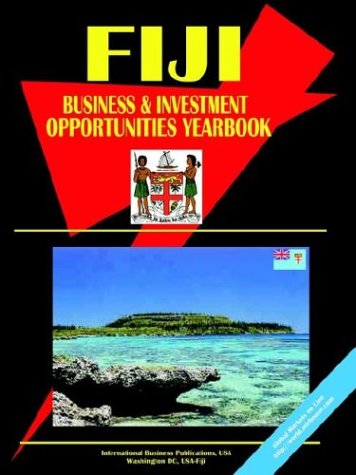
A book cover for Fiji Business and Investment Opportunities Yearbook; Ibp Usa; Travel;